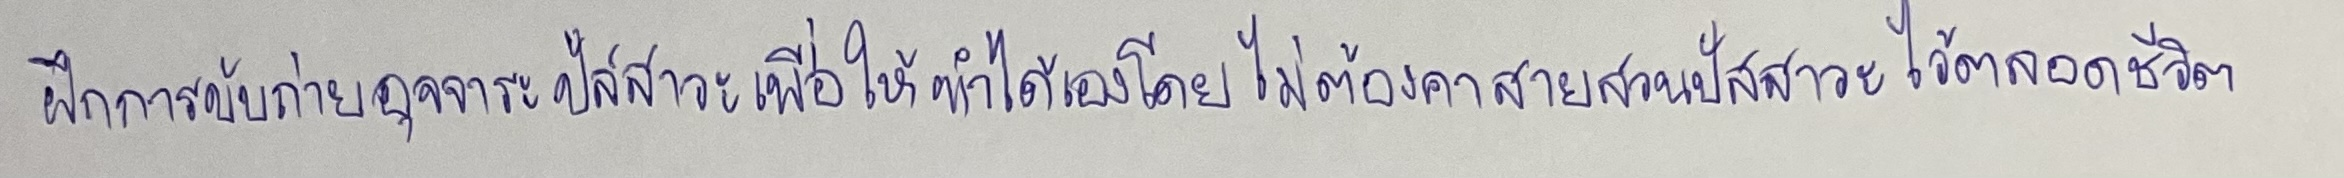
ฝึกการขับถ่ายอุจจาระปัสสาวะเพื่อให้ทำได้เองโดยไม่ต้องคาสายสวนปัสสาวะไว้ตลอดชีวิต